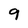
Character: 9